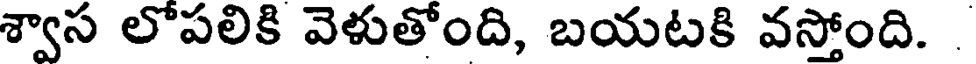
శ్వాస లోపలికి వెళుతోంది, బయటకి వస్తోంది. .